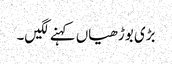
بڑی بوڑھیاں کہنے لگیں۔